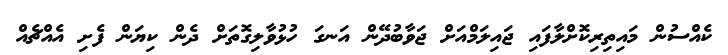
ކެއްސުން މައިތިރިކޮށްލާފައި ޖައިލަމްއަށް ޖަވާބުދޭން އަނގަ ހުޅުވާލިގޮތަށް ދެން ކިޔަން ފެށި އެއްޗެއް